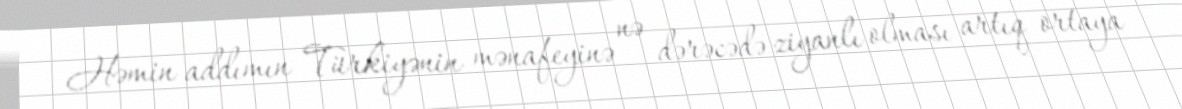
Həmin addımın Türkiyənin mənafeyinə nə dərəcədə ziyanlı olması artıq ortaya